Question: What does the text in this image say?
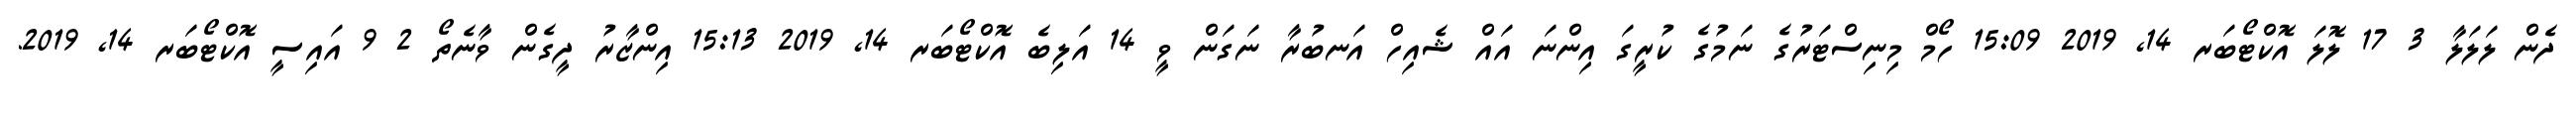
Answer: ދެން ލަލަލާ 3 17 ލޮލަ އޮކްޓޯބަރ 14, 2019 15:09 ހޯމް މިނިސްޓަރުގެ ނަމުގެ ކުރީގަ އިންނަ އައް ޝެއިހް އަނބުރާ ނަގަން ވީ 14 އަލިބެ އޮކްޓޯބަރ 14, 2019 15:13 އިންޒާރު ދީގެން ވާނެތޯ 2 9 އައިސީ އޮކްޓޯބަރ 14, 2019.